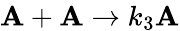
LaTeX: \mathbf{A}+\mathbf{A}\xrightarrow{}{{k_{3}}}\mathbf{A}